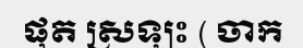
ផុត ស្រឡះ ( ចាក